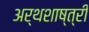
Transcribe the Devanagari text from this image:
अर्थशाष्त्री